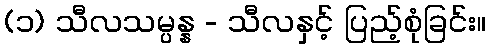
(၁) သီလသမ္ပန္န - သီလနှင့် ပြည့်စုံခြင်း။